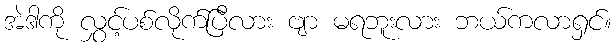
အဲဒါကို လွှင့်ပစ်လိုက်ပြီလား ဗျာ မရဘူးလား ဘယ်ကလာရှင်။